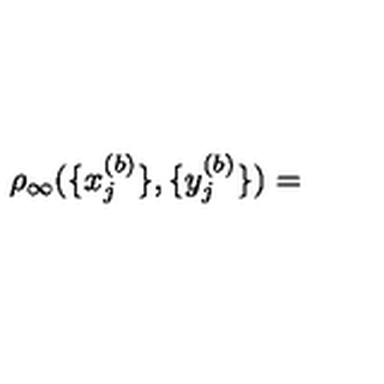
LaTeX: \rho _ { \infty } ( \{ x _ { j } ^ { ( b ) } \} , \{ y _ { j } ^ { ( b ) } \} ) =